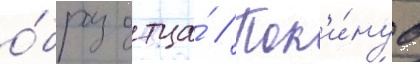
о́браз отца́ // Пок'и́нув